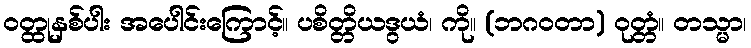
ဝတ္ထုနှစ်ပါး အပေါင်းကြောင့်။ ပစိတ္တိယဒွယံ၊ ကို။ (ဘဂဝတာ) ဝုတ္တံ။ တသ္မာ၊